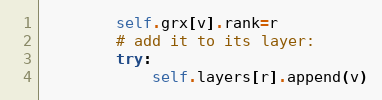
Language: Python
        self.grx[v].rank=r
        # add it to its layer:
        try:
            self.layers[r].append(v)